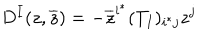
D ^ { I } ( z , \overline { { z } } ) = - \overline { { z } } ^ { i ^ { * } } ( T _ { I } ) _ { i ^ { * } j } z ^ { j }